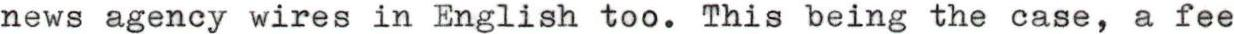
news agency wires in English too. This being the case, a fee